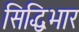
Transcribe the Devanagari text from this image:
सिद्धिभार